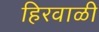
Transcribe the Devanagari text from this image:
हिरवाळी